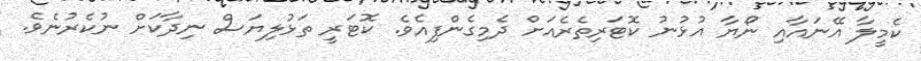
ކެމީލާ އޭނައާއި ނޯޔާ އުޅުނު ކޮޓަރިތެރެއަށް ދެމިގެންފިއެވެ. ކޮޓަރީ ތަޅުލިޔަސް ނިދާކަށް ނުކެރުނެވެ.